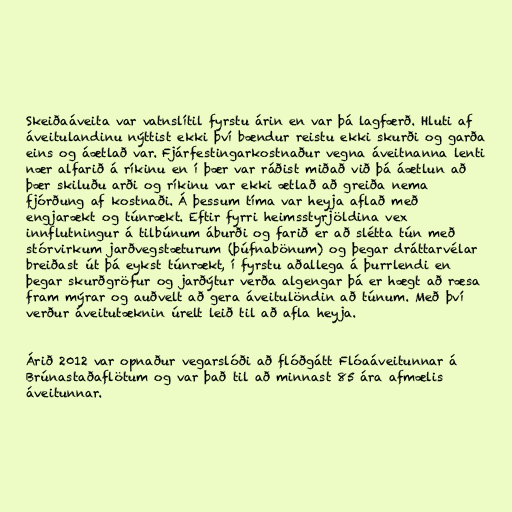
Skeiðaáveita var vatnslítil fyrstu árin en var þá lagfærð. Hluti af
áveitulandinu nýttist ekki því bændur reistu ekki skurði og garða
eins og áætlað var. Fjárfestingarkostnaður vegna áveitnanna lenti
nær alfarið á ríkinu en í þær var ráðist miðað við þá áætlun að
þær skiluðu arði og ríkinu var ekki ætlað að greiða nema
fjórðung af kostnaði. Á þessum tíma var heyja aflað með
engjarækt og túnrækt. Eftir fyrri heimsstyrjöldina vex
innflutningur á tilbúnum áburði og farið er að slétta tún með
stórvirkum jarðvegstæturum (þúfnabönum) og þegar dráttarvélar
breiðast út þá eykst túnrækt, í fyrstu aðallega á þurrlendi en
þegar skurðgröfur og jarðýtur verða algengar þá er hægt að ræsa
fram mýrar og auðvelt að gera áveitulöndin að túnum. Með því
verður áveitutæknin úrelt leið til að afla heyja.

Árið 2012 var opnaður vegarslóði að flóðgátt Flóaáveitunnar á
Brúnastaðaflötum og var það til að minnast 85 ára afmælis
áveitunnar.